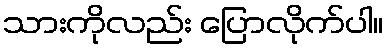
သားကိုလည်း ပြောလိုက်ပါ။